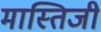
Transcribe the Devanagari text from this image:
मास्तिजी